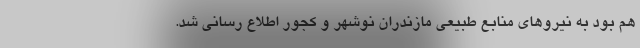
هم بود به نیروهای منابع طبیعی مازندران نوشهر و کجور اطلاع رسانی شد.